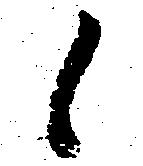
候